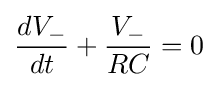
{\frac {dV_{-}}{dt}}+{\frac {V_{-}}{RC}}=0